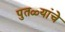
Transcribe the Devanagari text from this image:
पुतळ्यांचे